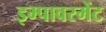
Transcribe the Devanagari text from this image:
इम्पावरमेंट